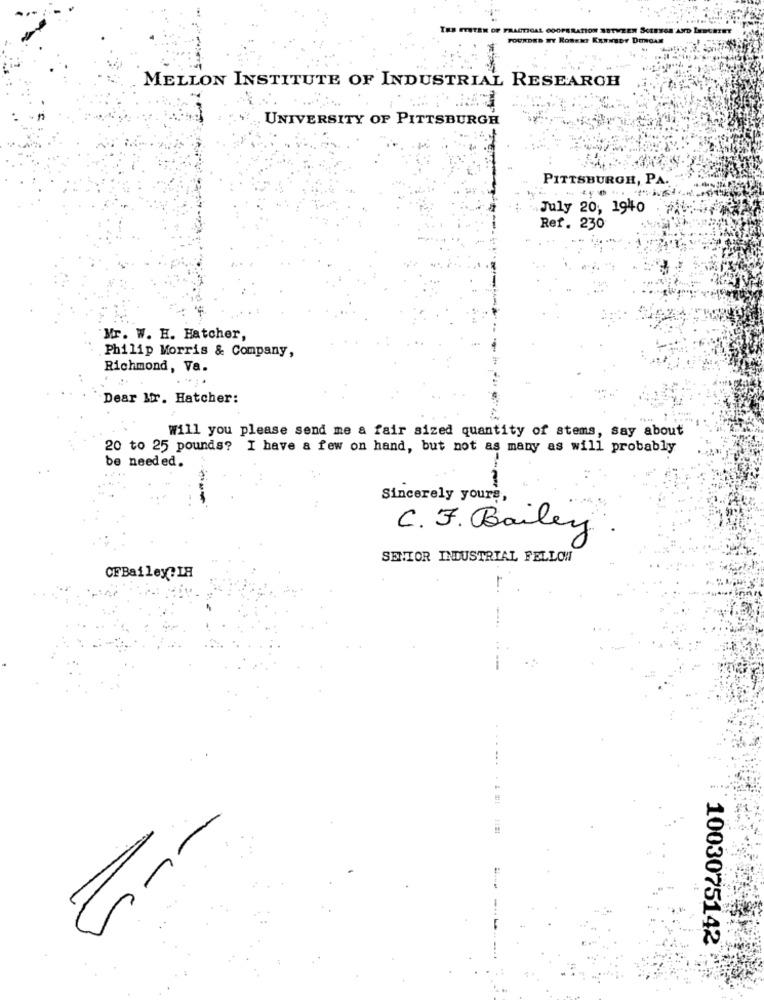
DENGAN
MELLON INSTITUTE OF INDUSTRIAL RESEARCH
UNIVERSITY OF PITTSBURGH
PITTSBURGH, PA.
July 20, 1940
Ref. 230
Mr. W. H. Hatcher,
.Philip Morris & Company,
Richmond, Va.
....
Dear Mr. Hatcher:
Will you please send me a fair sized quantity of stems, say about
20 to 25 pounds? I have a few on hand, but not as many as will probably
be needed.
Sincerely yours,
C. F . Bailey
SENIOR INDUSTRIAL FELLOW
CFBailey?IH
--
1003075142